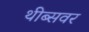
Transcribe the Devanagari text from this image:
थीब्सवर